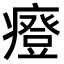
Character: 𤺌